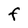
Character: F